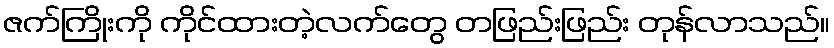
ဇက်ကြိုးကို ကိုင်ထားတဲ့လက်တွေ တဖြည်းဖြည်း တုန်လာသည်။